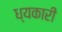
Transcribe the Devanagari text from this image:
ध्यकारी